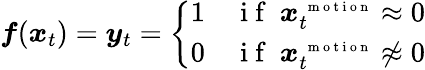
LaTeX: \boldsymbol f(\boldsymbol x_{t})=\boldsymbol y_{t}=\left\{ \begin{array}{cl}{1}&{\mathrm{~i~f~}~\boldsymbol x_{t}^{\mathrm{~\scriptsize~m~o~t~i~o~n~}}\approx 0}\\ {0}&{\mathrm{~i~f~}~\boldsymbol x_{t}^{\mathrm{~\scriptsize~m~o~t~i~o~n~}}\not\approx 0}\end{array}\right.